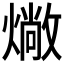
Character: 𤏮